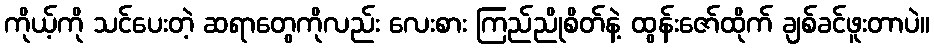
ကိုယ့်ကို သင်ပေးတဲ့ ဆရာတွေကိုလည်း လေးစား ကြည်ညိုစိတ်နဲ့ ထွန်းဇော်ထိုက် ချစ်ခင်ဖူးတာပဲ။